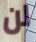
لن